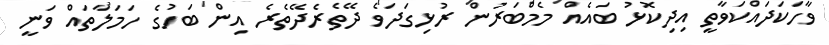
ވާހަކަދައްކަވާތީ އިދިކޮޅު ބައެއް މެމްބަރުން ރުޅިގަދަވެ ދޭތެރެދޭތެރެ އިން ބަހުގެ ހަމަލާތައް ވަނީ